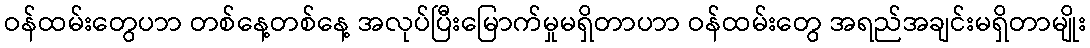
ဝန်ထမ်းတွေပာာ တစ်နေ့တစ်နေ့ အလုပ်ပြီးမြောက်မှုမရှိတာပာာ ဝန်ထမ်းတွေ အရည်အချင်းမရှိတာမျိုး